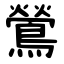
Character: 鶯